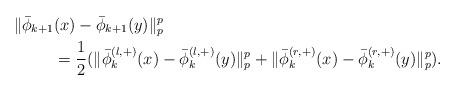
LaTeX: \begin{align*} \|\bar{\phi}_{k+1}&(x)-\bar{\phi}_{k+1}(y)\|_p^p\\ &=\frac{1}{2}(\|\bar{\phi}^{(l,+)}_{k}(x)-\bar{\phi}^{(l,+)}_{k}(y)\|_p^p+\|\bar{\phi}^{(r,+)}_{k}(x)-\bar{\phi}^{(r,+)}_{k}(y)\|_p^p). \end{align*}